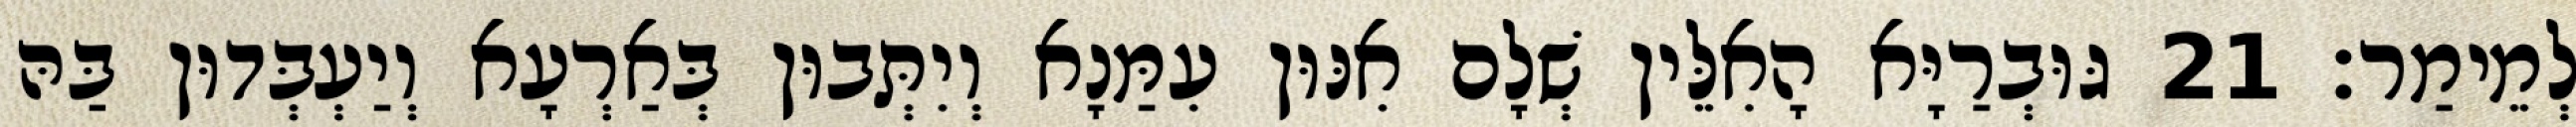
לְמֵימַר׃ 21 גּוּבְרַיָּא הָאִלֵּין שְׁלָם אִנּוּן עִמַּנָא וְיִתְּבוּן בְּאַרְעָא וְיַעְבְּדוּן בַּהּ